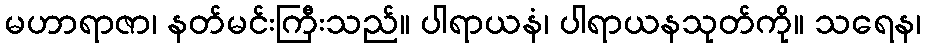
မဟာရာဇာ၊ နတ်မင်းကြီးသည်။ ပါရာယနံ၊ ပါရာယနသုတ်ကို။ သရေန၊